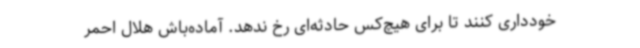
خودداری کنند تا برای هیچ‌کس حادثه‌ای رخ ندهد. آماده‌باش هلال احمر